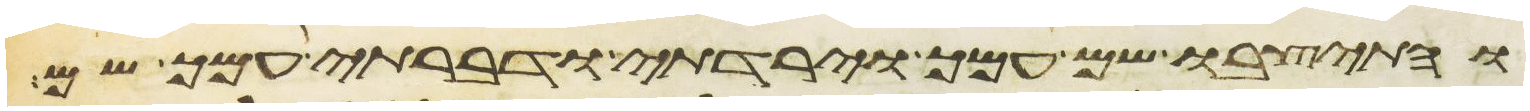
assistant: והתיצבו שם עמך וירדתי ודברתי עמך שם